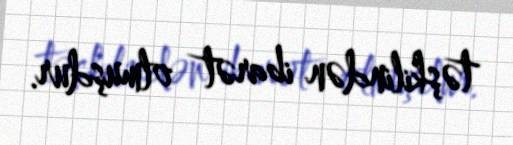
təşkilindən ibarət olmuşdur.